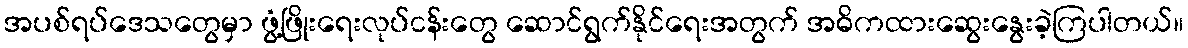
အပစ်ရပ်ဒေသတွေမှာ ဖွံ့ဖြိုးရေးလုပ်ငန်းတွေ ဆောင်ရွက်နိုင်ရေးအတွက် အဓိကထားဆွေးနွေးခဲ့ကြပါတယ်။